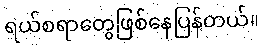
ရယ်စရာတွေဖြစ်နေပြန်တယ်။